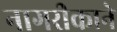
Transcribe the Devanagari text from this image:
नागरीकाने